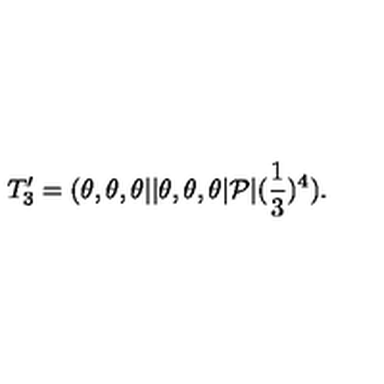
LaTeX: T _ { 3 } ^ { \prime } = ( \theta , \theta , \theta \vert \vert \theta , \theta , \theta \vert { \cal P } \vert ( { \frac { 1 } { 3 } } ) ^ { 4 } ) .